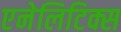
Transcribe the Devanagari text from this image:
एनेलिटिक्स